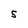
Character: 5